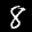
Label: 8